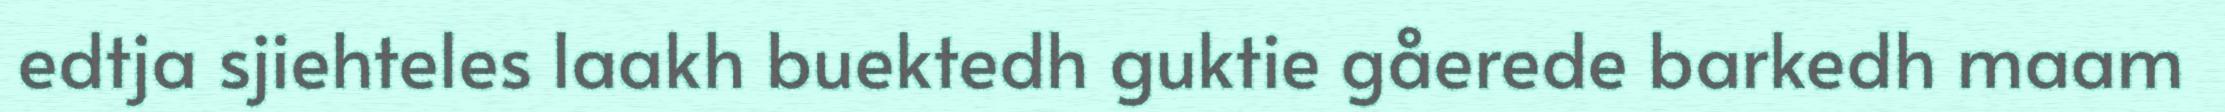
edtja sjiehteles laakh buektedh guktie gåerede barkedh maam